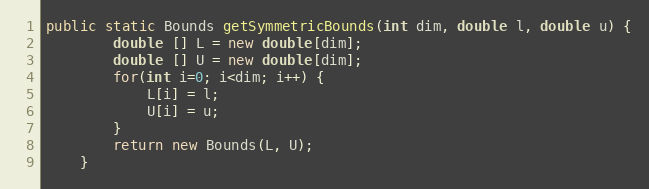
Language: Java
public static Bounds getSymmetricBounds(int dim, double l, double u) {
        double [] L = new double[dim];
        double [] U = new double[dim];
        for(int i=0; i<dim; i++) {
            L[i] = l;
            U[i] = u;
        }
        return new Bounds(L, U);
    }